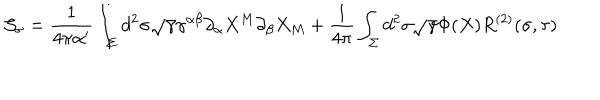
LaTeX: { \cal S } _ { \sigma } = \frac { 1 } { 4 \pi \alpha ^ { \prime } } \int _ { \Sigma } d ^ { 2 } \sigma \sqrt { \gamma } \gamma ^ { \alpha \beta } \partial _ { \alpha } X ^ { M } \partial _ { \beta } X _ { M } + \frac { 1 } { 4 \pi } \int _ { \Sigma } d ^ { 2 } \sigma \sqrt { \gamma } \Phi ( X ) R ^ { ( 2 ) } ( \sigma , \tau )